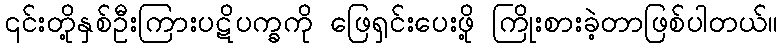
၎င်းတို့နှစ်ဦးကြားပဋိပက္ခကို ဖြေရှင်းပေးဖို့ ကြိုးစားခဲ့တာဖြစ်ပါတယ်။